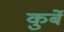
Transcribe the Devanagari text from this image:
कुर्बे